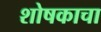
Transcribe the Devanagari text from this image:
शोषकाचा